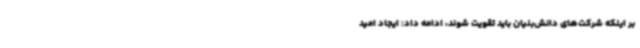
بر اینکه شرکت‌های دانش‌بنیان باید تقویت شوند، ادامه داد: ایجاد امید